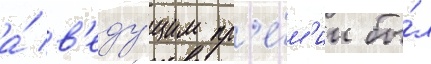
а́ в'еду́щим пр'е́м'ии бы́л